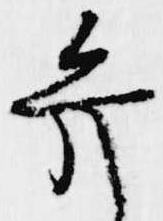
弁